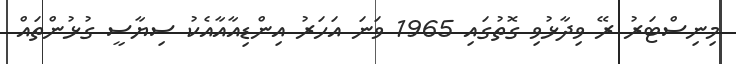
މިނިސްޓަރު ރޭ ވިދާޅުވި ގޮތުގައި 1965 ވަނަ އަހަރު އިންޑިއާއާއެކު ސިޔާސީ ގުޅުންތައް